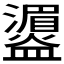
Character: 𪾛